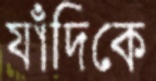
যাঁদিকে